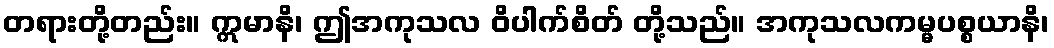
တရားတို့တည်း။ ဣမာနိ၊ ဤအကုသလ ဝိပါက်စိတ် တို့သည်။ အကုသလကမ္မပစ္စယာနိ၊